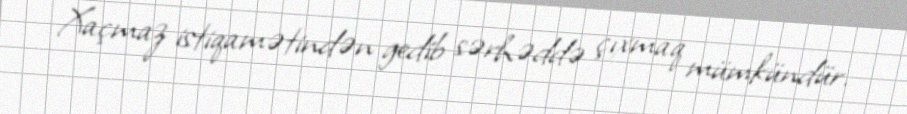
Xaçmaz istiqamətindən gedib sərhəddə çıxmaq mümkündür.